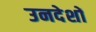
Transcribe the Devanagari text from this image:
उनदेशों